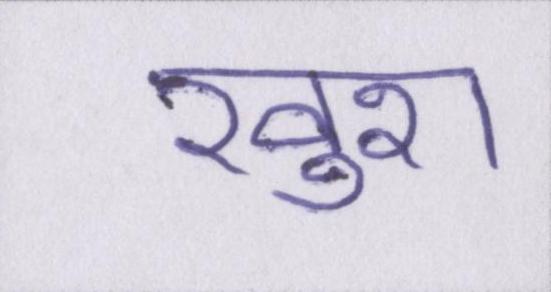
खुश